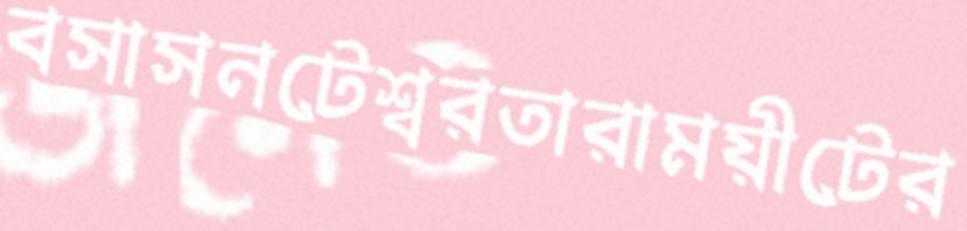
বসাসনটেশ্বরতারাময়ীটের